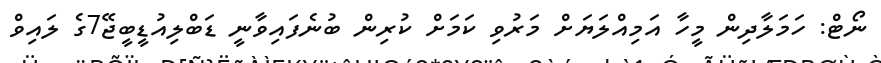
ނޯޓް: ހަމަލާދިން މީހާ އަމިއްލަޔަށް މަރުވި ކަމަށް ކުރިން ބުނެފައިވާނީ ޑަބްލިއުޑީބީޖޭ7ގެ ލައިވް